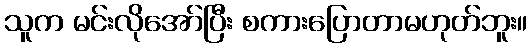
သူက မင်းလိုအော်ပြီး စကားပြောတာမဟုတ်ဘူး။